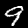
Label: 9